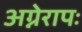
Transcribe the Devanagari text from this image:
अग्नेरापः